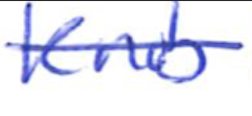
Text: Knob
Cross-out: single-line
Writing tool: ballpoint